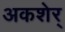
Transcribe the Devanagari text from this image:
अकशेर्